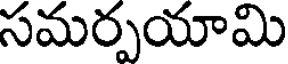
సమర్పయామి